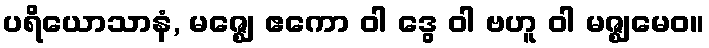
ပရိယောသာနံ, မဇ္ဈေ ဧကော ဝါ ဒွေ ဝါ ဗဟူ ဝါ မဇ္ဈမေဝ။